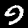
Digit: 9